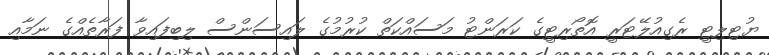
ޔުޓިލިޓީ ރެގިއުލޭޓަރީ އޮތޯރިޓީގެ ކަރަންޓު މަސައްކަތް ކުރުމުގެ ލައިސަންސް ލިބިފައިވާ ފަރާތެއްގެ ނަމާއި